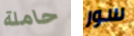
حاملة سور